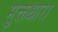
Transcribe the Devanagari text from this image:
मुक्तधारा